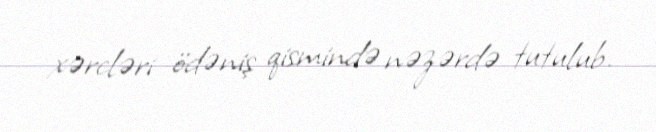
xərcləri ödəniş qismində nəzərdə tutulub.